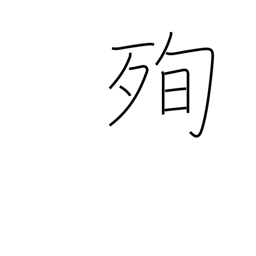
Meaning: martyrdom